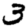
Digit: 3